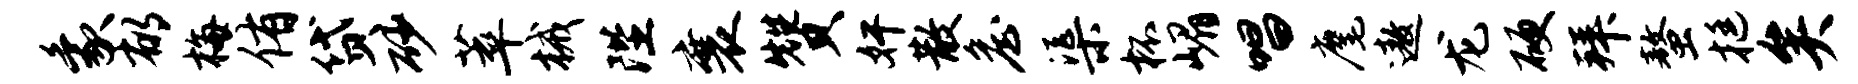
象郁梅侑贷砂萃械陛襄赞奸散詹渠杯嵋唱麾遨龙硬拜螯挺矣